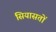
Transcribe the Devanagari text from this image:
सियासतों